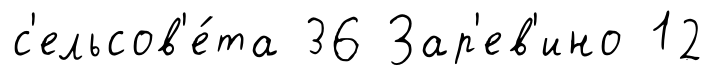
с'ельсов'е́та 36 Зар'ев'ино 12